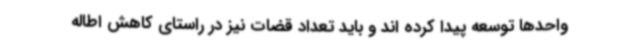
واحدها توسعه پیدا کرده اند و باید تعداد قضات نیز در راستای کاهش اطاله